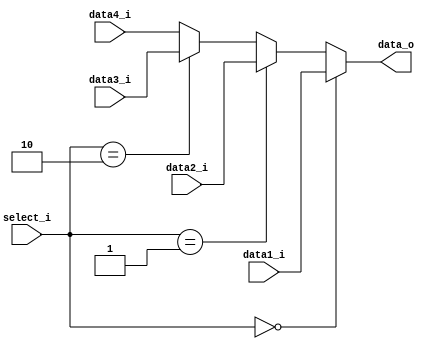
module MUX64(
    data1_i, 
    data2_i,
    data3_i,
    data4_i,
    select_i,
    data_o
);

input [31:0] data1_i, data2_i, data3_i, data4_i;
input [1:0] select_i;
output [31:0] data_o;

assign data_o = (select_i == 2'b00) ? data1_i :
                (select_i == 2'b01) ? data2_i :
                (select_i == 2'b10) ? data3_i :
                data4_i;
endmodule